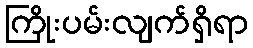
ကြိုးပမ်းလျက်ရှိရာ